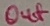
Text: Out